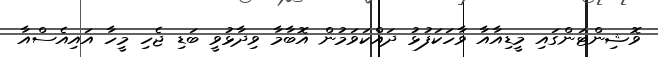
ވޮޝިންޓަންގައި މީޑިއާއާ ވާހަކަފުޅު ދައްކަވަމުން އޮބާމާ ވިދާޅުވީ ބަޑި ޖެހި މީހާ އައިއެސްއާ